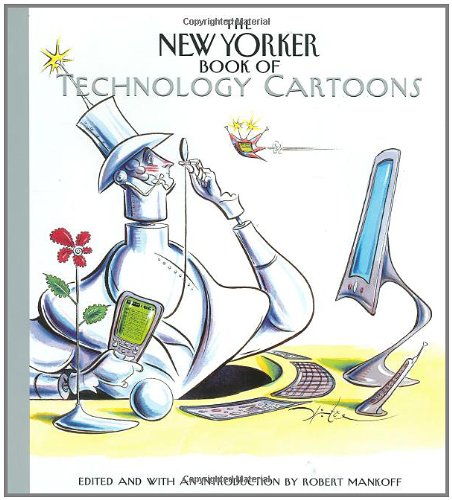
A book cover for The New Yorker Book of Technology Cartoons; Humor & Entertainment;